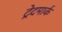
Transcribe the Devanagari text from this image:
ट्रेदमार्क